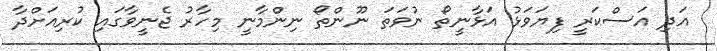
އަދި އަސްކަރީ ފިޔަވަޅު އަޅާނީތޯ ނުވަތަ ނޫންތޯ ނިންމާނީ މިހާރު ޖެނީވާގައި ކުރިއަށްދާ